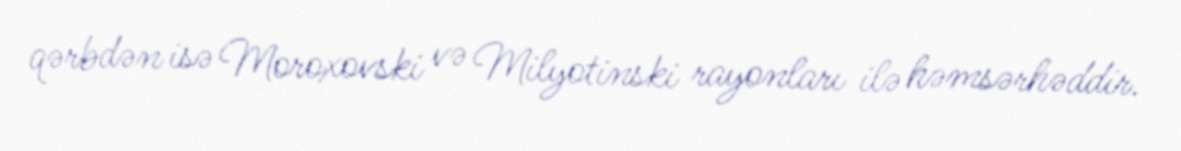
qərbdən isə Moroxovski və Milyotinski rayonları ilə həmsərhəddir.